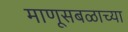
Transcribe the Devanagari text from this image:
माणूसबळाच्या